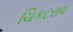
ચિકટરાવ